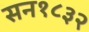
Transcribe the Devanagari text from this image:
सन१८३२